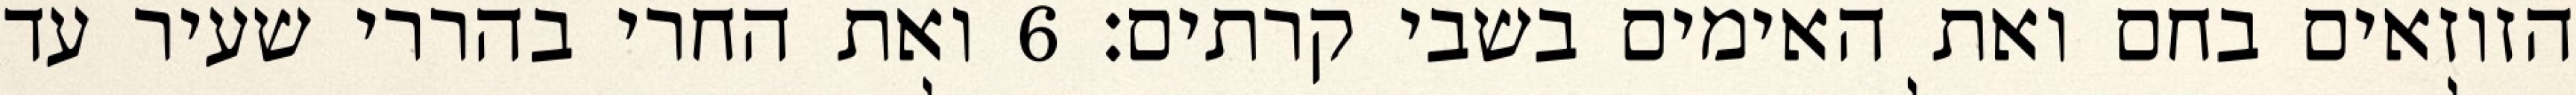
הזוזאים בחם ואת האימים בשבי קרתים׃ ‎6‏ ואת החרי בהררי שעיר עד